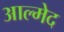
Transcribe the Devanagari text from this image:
आल्मेद